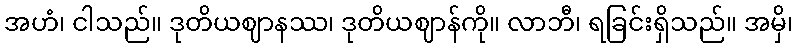
အဟံ၊ ငါသည်။ ဒုတိယဈာနဿ၊ ဒုတိယဈာန်ကို။ လာဘီ၊ ရခြင်းရှိသည်။ အမှိ၊